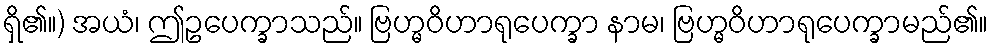
ရှိ၏။) အယံ၊ ဤဥပေက္ခာသည်။ ဗြဟ္မဝိဟာရုပေက္ခာ နာမ၊ ဗြဟ္မဝိဟာရုပေက္ခာမည်၏။